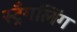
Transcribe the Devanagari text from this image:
स्ट्रँगलिंग